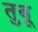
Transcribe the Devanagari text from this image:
तुबू